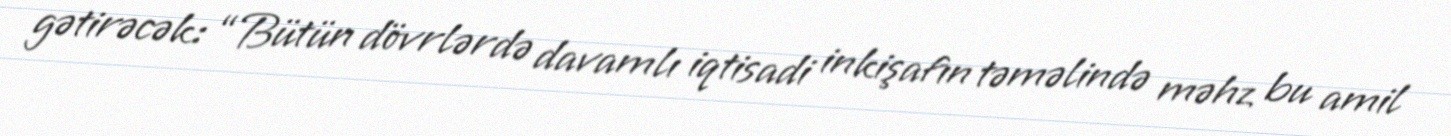
gətirəcək: “Bütün dövrlərdə davamlı iqtisadi inkişafın təməlində məhz bu amil